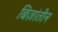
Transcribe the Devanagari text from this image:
बिज़ांतीन